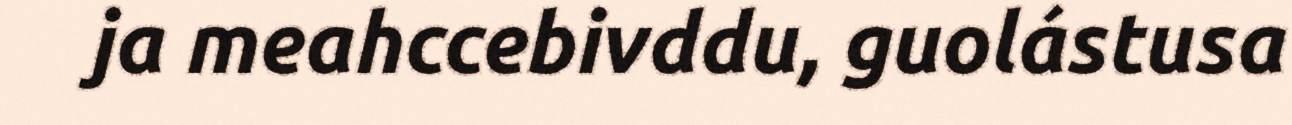
ja meahccebivddu, guolástusa